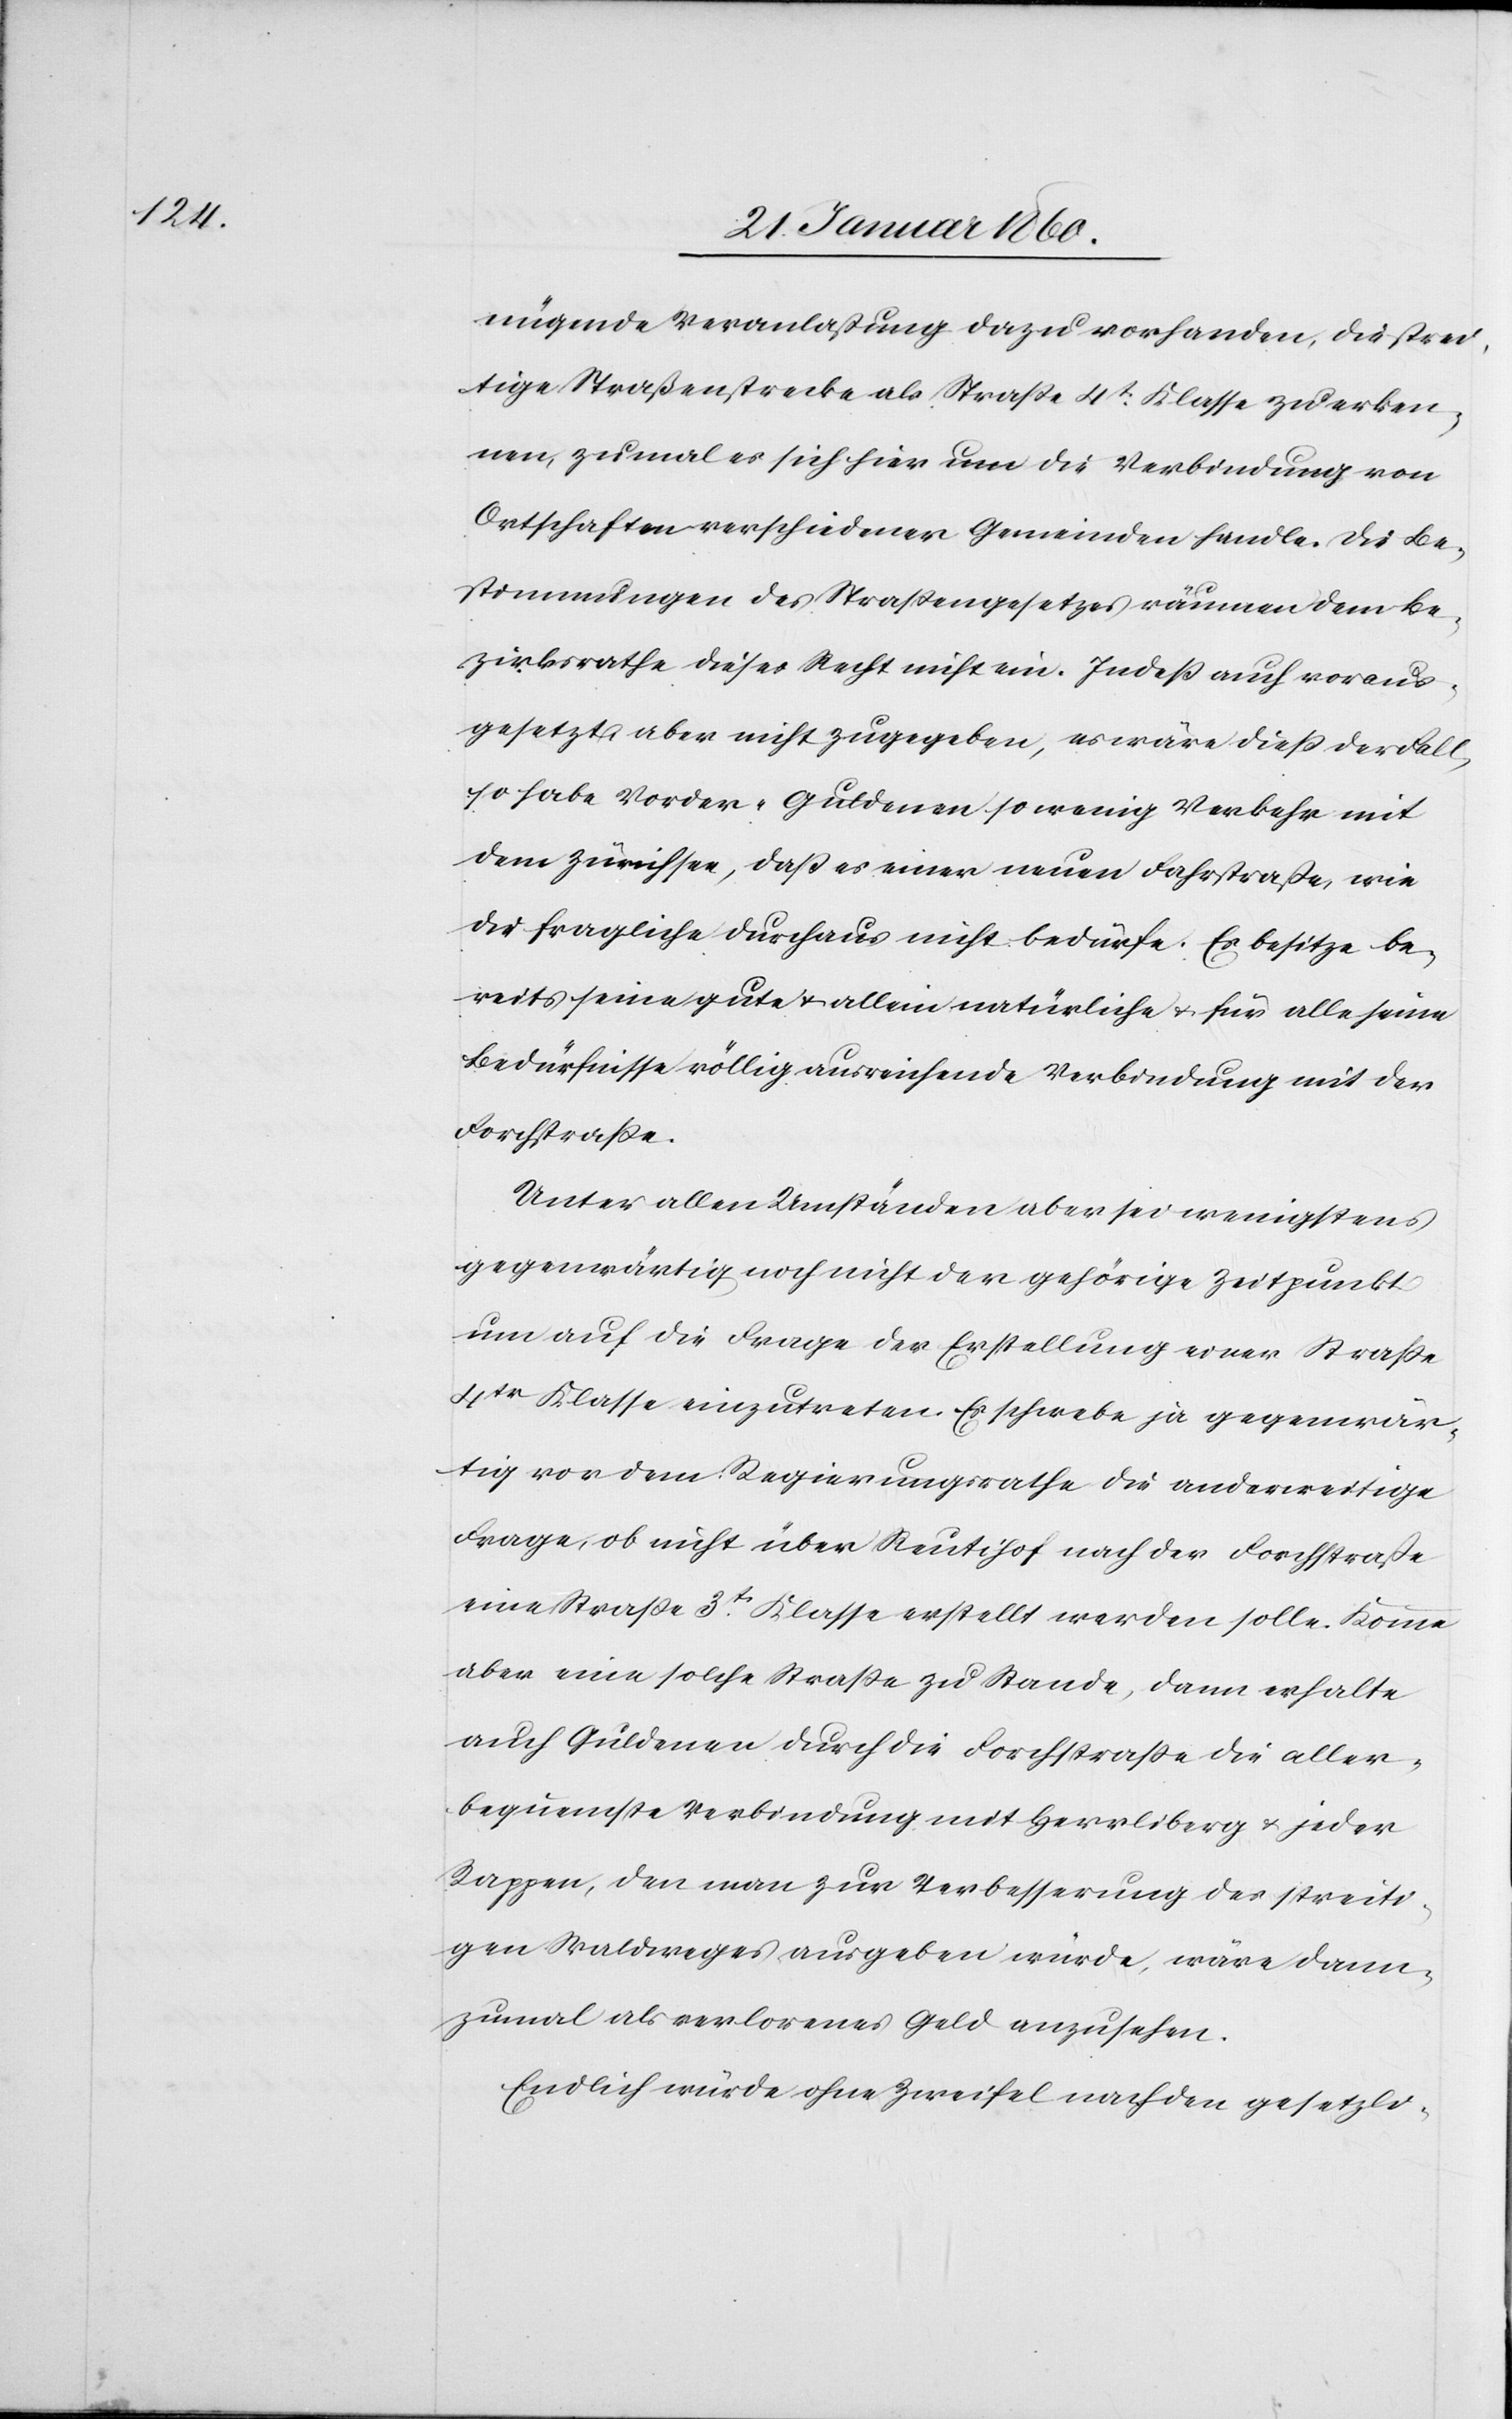
nügende Veranlassung dazu vorhanden, die strei¬
tige Straßenstrecke als Strasse 4t Klasse zu erken¬
nen, zumal es sich hier um die Verbindung von
Ortschaften verschiedener Gemeinden handle. Die Be¬
stimmungen des Strassengesetzes räumen dem Be¬
zirksrathe dieses Recht nicht ein. Indess auch voraus¬
gesetzt aber nicht zugegeben, es wäre diess der Fall
so habe Vorder-Guldenen so wenig Verkehr mit
dem Zürichsee, dass es einer neuen Fahrstrasse, wie
der fragliche durchaus nicht bedürfe. Er besitze be¬
reits seine gute u. allein natürliche u. für alle seine
Bedürfnisse völlig ausreichende Verbindung mit der
Forchstrasse.
Unter allen Umständen aber sei wenigstens
gegenwärtig noch nicht der gehörige Zeitpunkt
um auch die Frage der Erstellung einer Strasse
4tr Klase einzutreten. Es schwebe ja gegenwär¬
tig vor dem Regierungsrathe die anderweitige
Frage, ob nicht über Reutihof nach der Forchstrasse
eine Strasse 3tr Klasse erstellt werden solle. Komme
aber eine solche Strasse zu Stande, dann erhalte
auch Guldenen durch die Forchstrasse die aller¬
bequemste Verbindung mit Herrliberg u. jeder
Rappen, den man zur Verbesserung des streiti¬
gen Waldweges ausgeben würde, wäre dann¬
zumal als verlorenes Geld anzusehen.
Endlich würde ohne Zweifel nach den gesetzli-